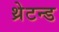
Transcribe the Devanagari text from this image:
थ्रेटन्ड